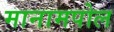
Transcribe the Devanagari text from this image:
मानामपोल